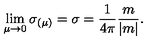
\lim _ { \mu \to 0 } \sigma _ { ( \mu ) } = \sigma = \frac { 1 } { 4 \pi } \frac { m } { | m | } .